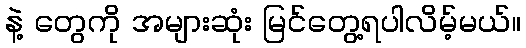
နဲ့ တွေကို အများဆုံး မြင်တွေ့ရပါလိမ့်မယ်။